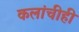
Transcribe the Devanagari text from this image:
कलांचीही